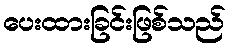
ပေးထားခြင်းဖြစ်သည်